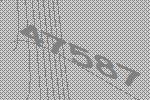
47587